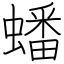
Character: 蟠